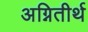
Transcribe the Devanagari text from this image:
अग्नितीर्थ